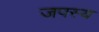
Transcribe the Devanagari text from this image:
जपस्य